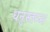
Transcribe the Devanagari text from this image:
धनुस्तम्भ